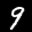
Label: 9